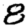
Digit: 8